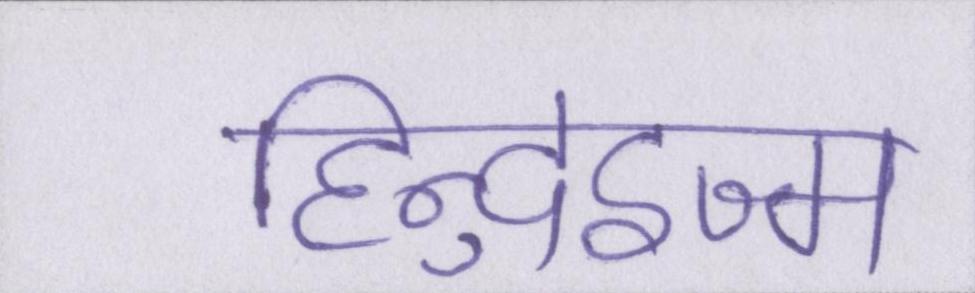
हिन्दुइज्म